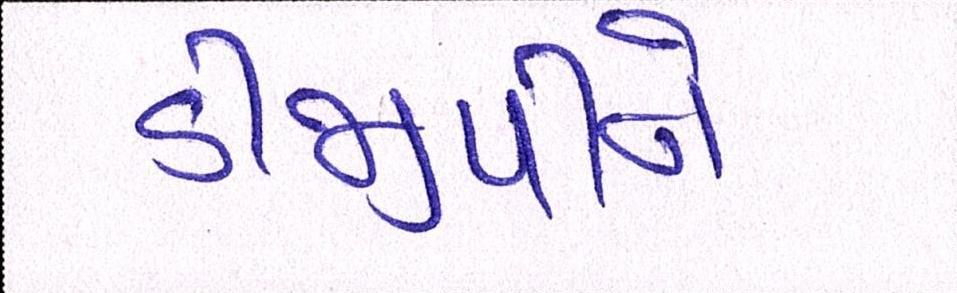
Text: ડીજીપીને